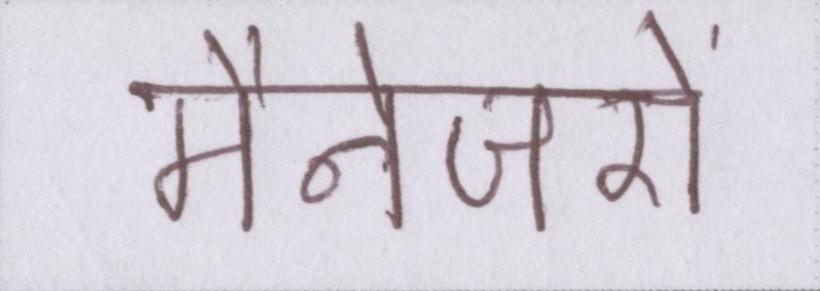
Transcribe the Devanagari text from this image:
मैनेजरों